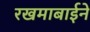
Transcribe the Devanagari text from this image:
रखमाबाईने